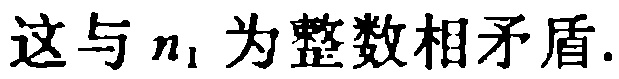
这与 \(n_1\) 为整数相矛盾.